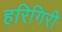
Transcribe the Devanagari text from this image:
हरिगिरी